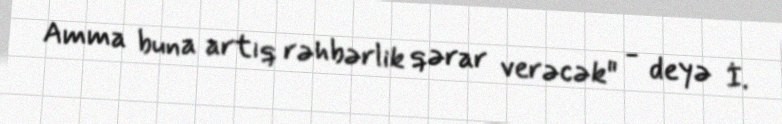
Amma buna artıq rəhbərlik qərar verəcək" - deyə İ.